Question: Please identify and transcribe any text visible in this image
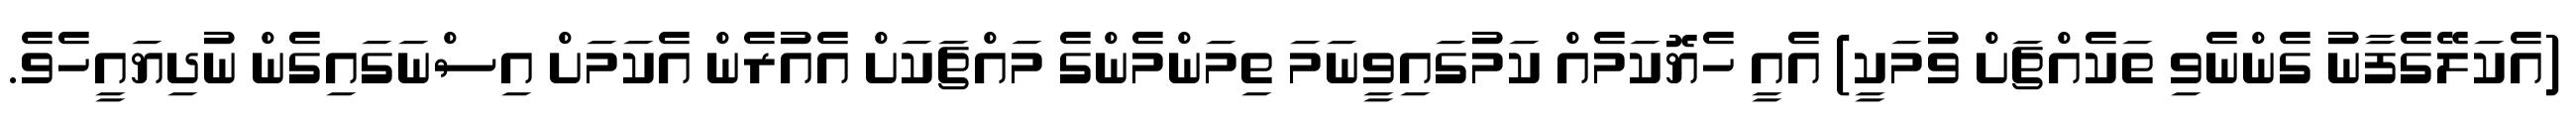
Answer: (އެކަލޭގެފާނު ގެންނެވި ތަކެއްޗަށް ވުމަކީ) އެއީ ހެޔޮކަމެއް ކަމުގައިވީނަމަ ތިމަންމެންގެ މައްޗަކަށް އެއުރެން އެކަމަށް އިސްނަގައިގެން ނުދިޔައީހެވެ.